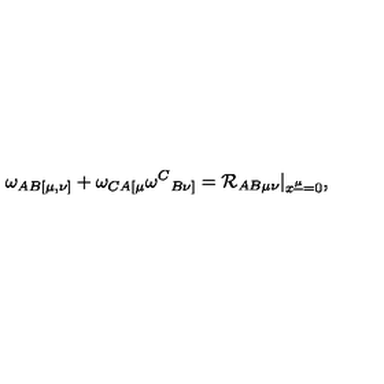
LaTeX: \omega _ { A B [ \mu , \nu ] } + \omega _ { C A [ \mu } \omega ^ { C } { } _ { B \nu ] } = { \cal R } _ { A B \mu \nu } | _ { x ^ { \underline { \mu } } = 0 } ,